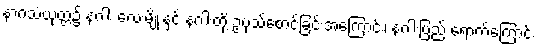
နာဂသံယုတ္တ၌ နဂါး လေးမျိုးနှင့် နဂါးတို့ ဥပုသ်စောင့်ခြင်းအကြောင်း၊ နဂါးပြည် ရောက်ကြောင်း